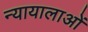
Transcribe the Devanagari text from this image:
न्यायालाओं